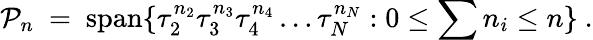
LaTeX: {\cal P}_{n}\ =\ \mathrm{span}\{ \tau_{2}^{n_{2}}\tau_{3}^{n_{3}}\tau_{4}^{n_{4}}\ldots\tau_{N}^{n_{N}}:0\leq\sum n_{i}\leq n\} \ .